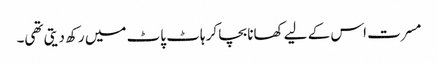
مسرت اس کے لیے کھانا بچا کر ہاٹ پاٹ میں رکھ دیتی تھی۔